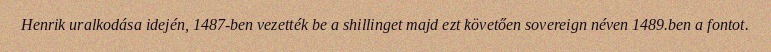
Henrik uralkodása idején, 1487-ben vezették be a shillinget majd ezt követően sovereign néven 1489.ben a fontot.